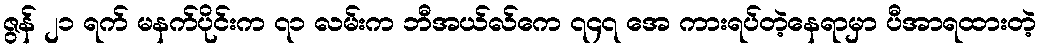
ဇွန် ၂၁ ရက် မနက်ပိုင်းက ၇၁ လမ်းက ဘီအယ်လ်ကေ ၇၄၇ အေ ကားရပ်တဲ့နေရာမှာ ပီအာရထားတဲ့